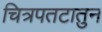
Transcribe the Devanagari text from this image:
चित्रपतटातुन